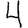
Digit: 4